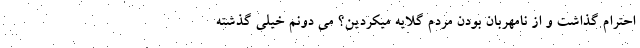
احترام گذاشت و از نامهربان بودن مردم گلایه میکردین؟ می دونم خیلی گذشته